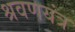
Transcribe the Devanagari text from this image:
श्रवणयंत्र